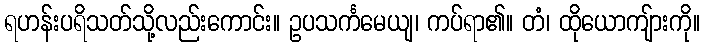
ရဟန်းပရိသတ်သို့လည်းကောင်း။ ဥပသင်္ကမေယျ၊ ကပ်ရာ၏။ တံ၊ ထိုယောကျ်ားကို။